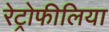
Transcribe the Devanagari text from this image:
रेट्रोफीलिया